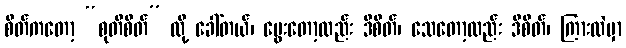
စိတ်ကတော့ “စုတိစိတ်” လို့ ခေါ်တယ်၊ မွေးတော့လည်း ဒီစိတ်၊ သေတော့လည်း ဒီစိတ်၊ ကြားထဲမှာ